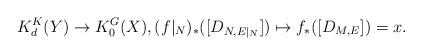
LaTeX: \begin{align*}K_d^K(Y)\rightarrow K_0^G(X), (f|_N)_*([D_{N, E|_{N}}])\mapsto f_*([D_{M, E}])=x.\end{align*}